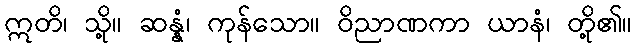
ဣတိ၊ သို့။ ဆန္နံ၊ ကုန်သော။ ဝိညာဏကာ ယာနံ၊ တို့၏။